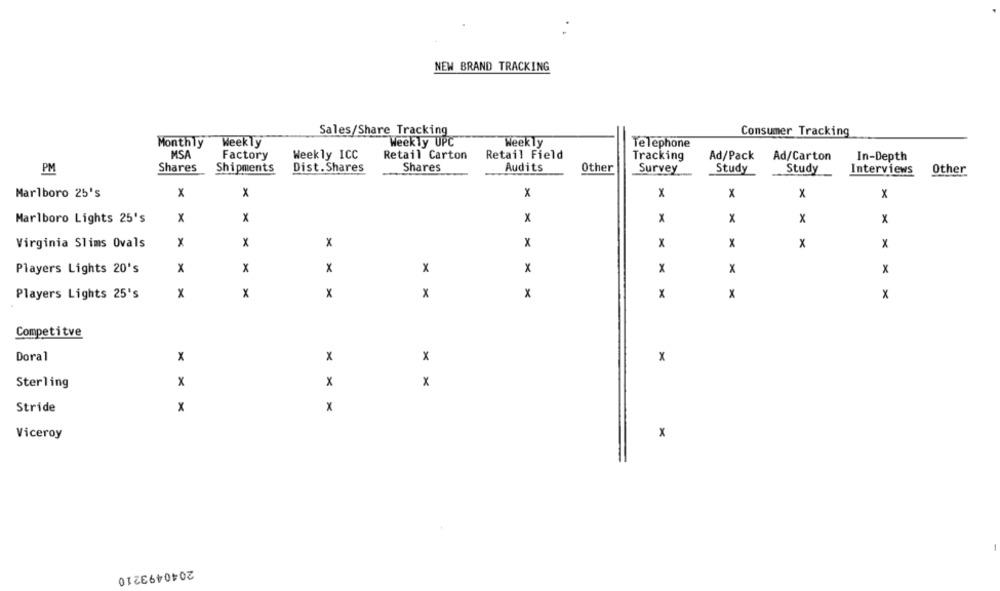
NEW BRAND TRACKING
Sales/Share Tracking
Consumer Tracking
Monthly
Weekly
Weekly UPC
Weekly
Telephone
MSA
Factory
Weekly ICC
Retail Carton
Retail Field
Tracking
Ad/Pack
Ad/Carton
In-Depth
PM
Shares
Shipments
Dist. Shares
Shares
Audits
Other
Survey
Study
Study
Interviews
Other
Marlboro 25's
X
X
x
x
x
x
X
x
X
X
Marlboro Lights 25's
x
x
x
x
x
Virginia Slims Ovals
x
X
x
X
x
x
x
Players Lights 20's
x
x
x
x
X
x
X
X
Players Lights 25's
x
x
x
x
x
x
x
x
Competitve
Doral
x
X
x
x
Sterling
x
x
x
x
Stride
x
Viceroy
x
2040493210